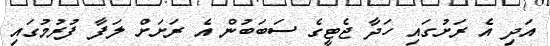
އަދި އެ ރަށުގައި ހަދާ ޖެޓީގެ ސަބަބުން އެ ރަށަށް ލަފާ ފުރުމުގައި